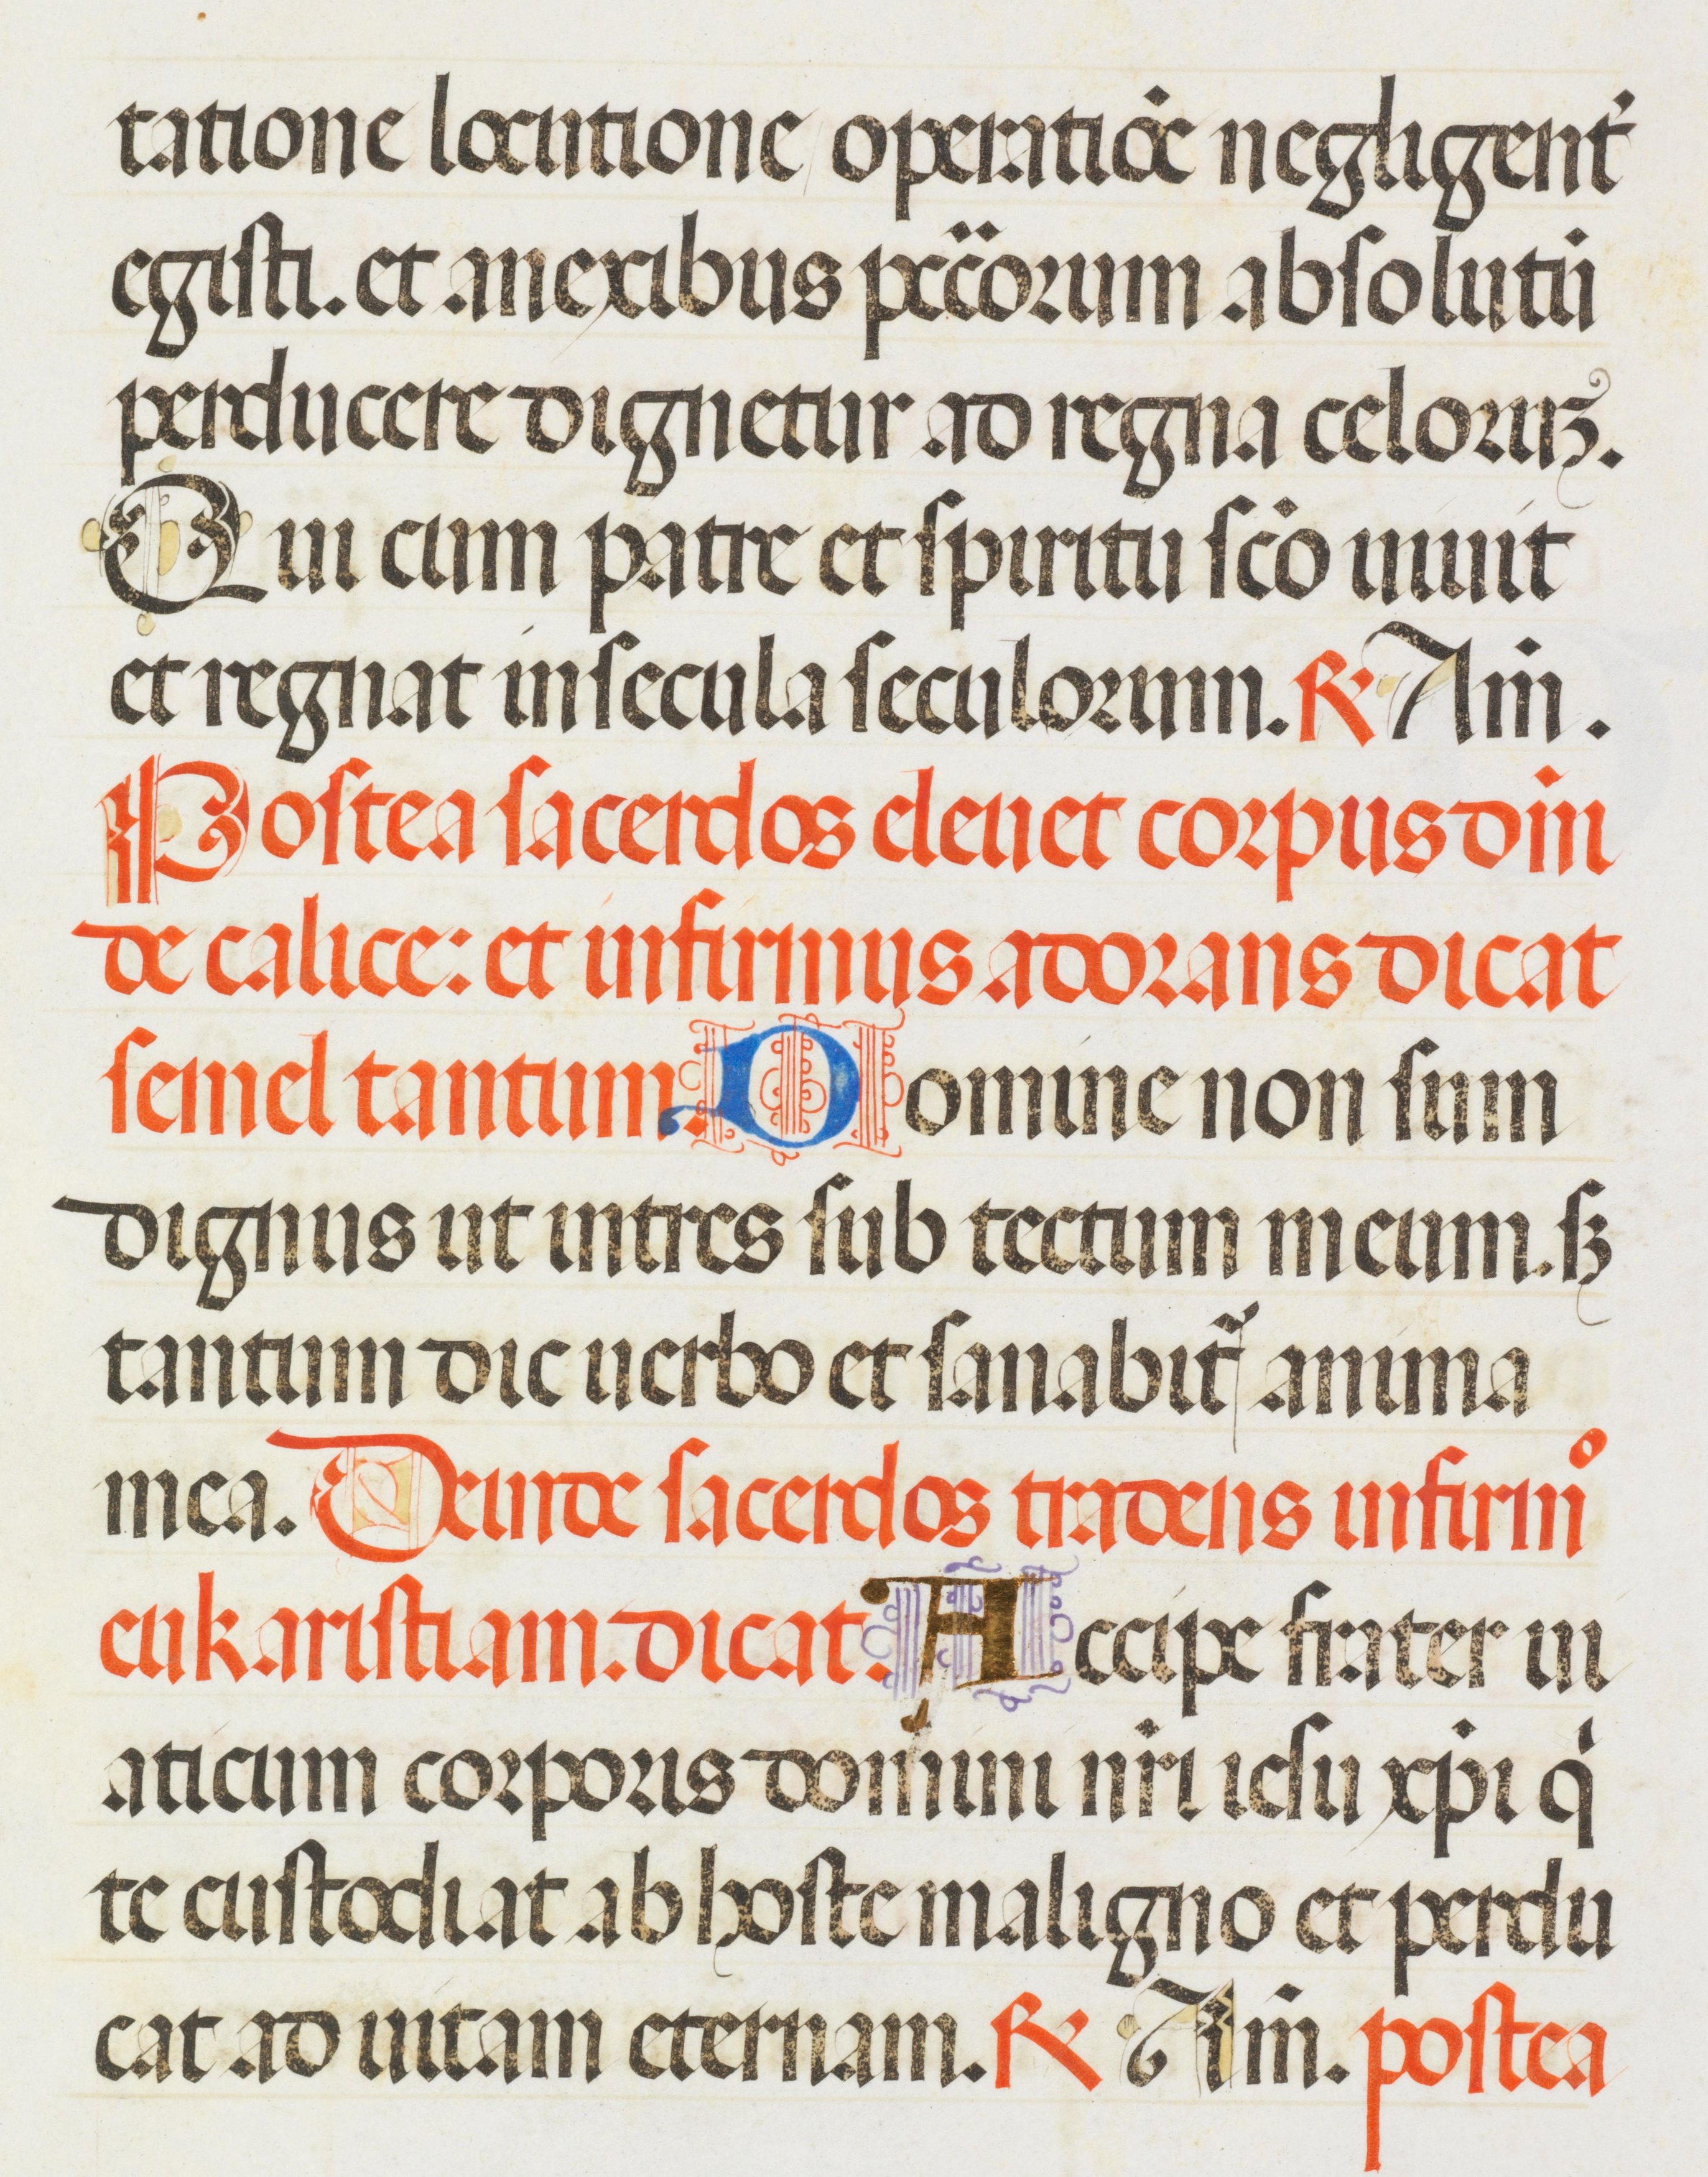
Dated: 1455–1599